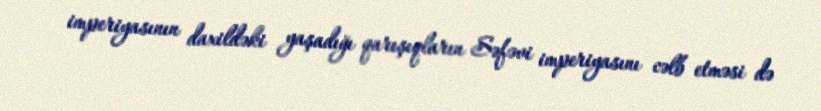
imperiyasının daxildəki yaşadığı qarışıqların Səfəvi imperiyasını cəlb etməsi də